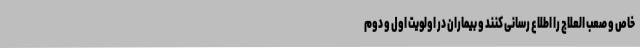
خاص و صعب العلاج را اطلاع رسانی کنند و بیماران در اولویت اول و دوم